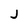
Character: J